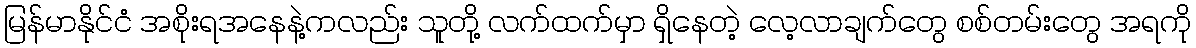
မြန်မာနိုင်ငံ အစိုးရအနေနဲ့ကလည်း သူတို့ လက်ထက်မှာ ရှိနေတဲ့ လေ့လာချက်တွေ စစ်တမ်းတွေ အရကို